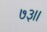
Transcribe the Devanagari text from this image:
७३।।